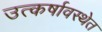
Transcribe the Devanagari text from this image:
उत्कर्षावस्थेत